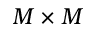
M \times M